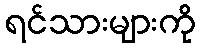
ရင်သားများကို